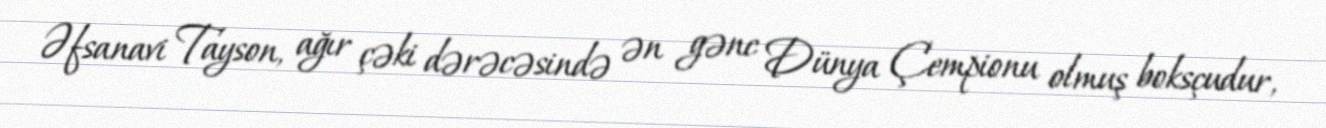
Əfsanavi Tayson, ağır çəki dərəcəsində ən gənc Dünya Çempionu olmuş boksçudur,